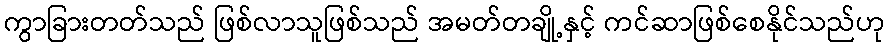
ကွာခြားတတ်သည် ဖြစ်လာသူဖြစ်သည် အမတ်တချို့နှင့် ကင်ဆာဖြစ်စေနိုင်သည်ဟု